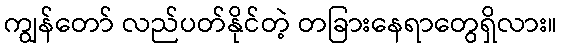
ကျွန်တော် လည်ပတ်နိုင်တဲ့ တခြားနေရာတွေရှိလား။